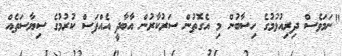
"ނަމަވެސް ދިރިއުޅުމުގެ ހިސާބުން މި އެގޮތުން ސަރުކާރުން އާބާދީ އެއްފަސް ކުރުމުގެ ސިޔާސަތެއް